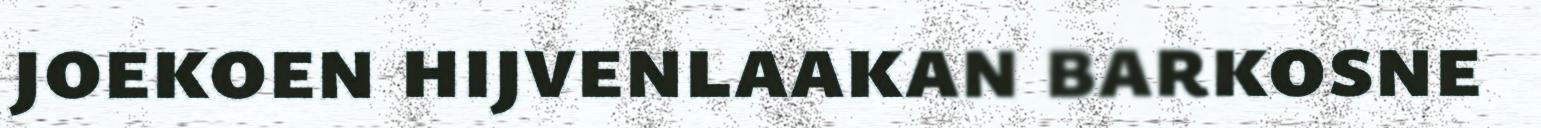
joekoen hijvenlaakan barkosne